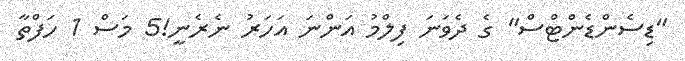
"ޑިސެންޑެންޓްސް" ގެ ދެވަނަ ފިލްމު އަންނަ އަހަރު ނެރެނީ!5 މަސް 1 ހަފްތާ